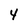
Character: 4